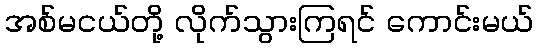
အစ်မငယ်တို့ လိုက်သွားကြရင် ကောင်းမယ်